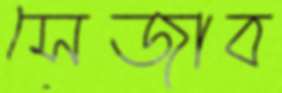
সেজাব